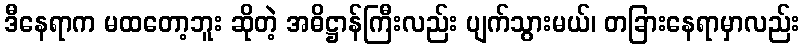
ဒီနေရာက မထတော့ဘူး ဆိုတဲ့ အဓိဋ္ဌာန်ကြီးလည်း ပျက်သွားမယ်၊ တခြားနေရာမှာလည်း